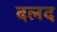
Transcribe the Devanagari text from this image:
दलद